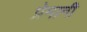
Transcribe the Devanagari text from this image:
प्रेमानी